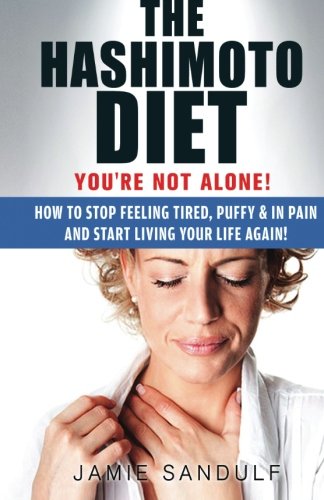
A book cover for The Hashimoto Diet: You're Not Alone! How to Stop Feeling Tired, Puffy & in Pain...and Start Living Your Life Again! (Thyroid Diet, Thyroid Symptoms, Thyroid Healthy, Thyroid Management); Jamie Sandulf; Health, Fitness & Dieting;